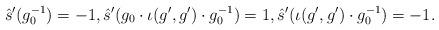
LaTeX: \begin{align*} \hat{s}'(g_0^{-1}) = -1, \hat{s}'(g_0 \cdot \iota(g',g') \cdot g_0^{-1}) = 1, \hat{s}'(\iota(g',g') \cdot g_0^{-1}) = -1.\end{align*}